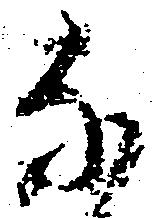
な